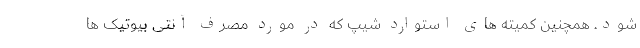
شود. همچنین کمیته های استوارد شیپ که در مورد مصرف آنتی بیوتیک ها